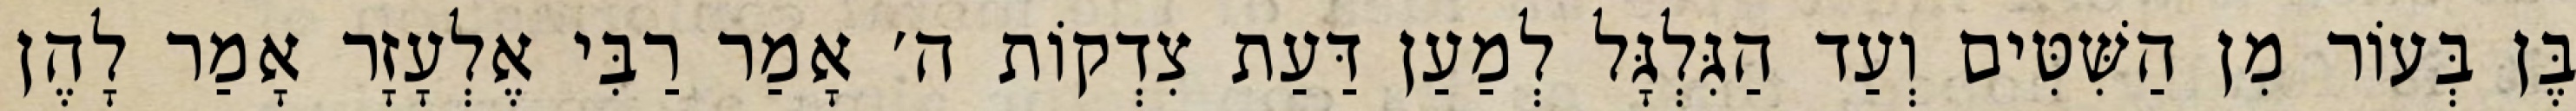
בֶּן בְּעוֹר מִן הַשִּׁטִּים וְעַד הַגִּלְגָּל לְמַעַן דַּעַת צִדְקוֹת ה׳ אָמַר רַבִּי אֶלְעָזָר אָמַר לָהֶן